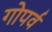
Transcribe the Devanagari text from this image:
गोपर्व